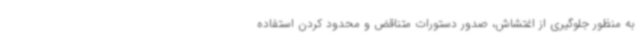
به منظور جلوگیری از اغتشاش، صدور دستورات متناقض و محدود کردن استفاده